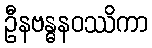
ဦနဗန္ဓနဝဿိကာ